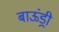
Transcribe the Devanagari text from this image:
बाऊंड्री